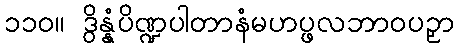
၁၁၀။ ဒွိန္နံပိဏ္ဍပါတာနံမဟပ္ဖလဘာဝပဉှာ